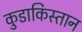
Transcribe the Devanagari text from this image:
कुडाकिस्तान